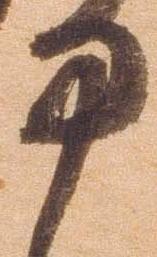
中